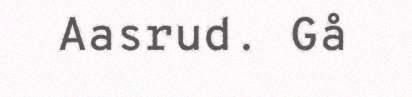
Aasrud. Gå